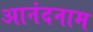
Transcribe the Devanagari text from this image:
आनंदनाम